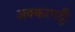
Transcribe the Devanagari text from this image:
अक्करपट्टी